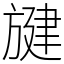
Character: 旔